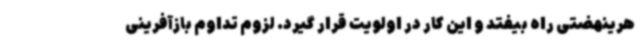
هرینهضتی راه بیفتد و این کار در اولویت قرار گیرد. لزوم تداوم بازآفرینی